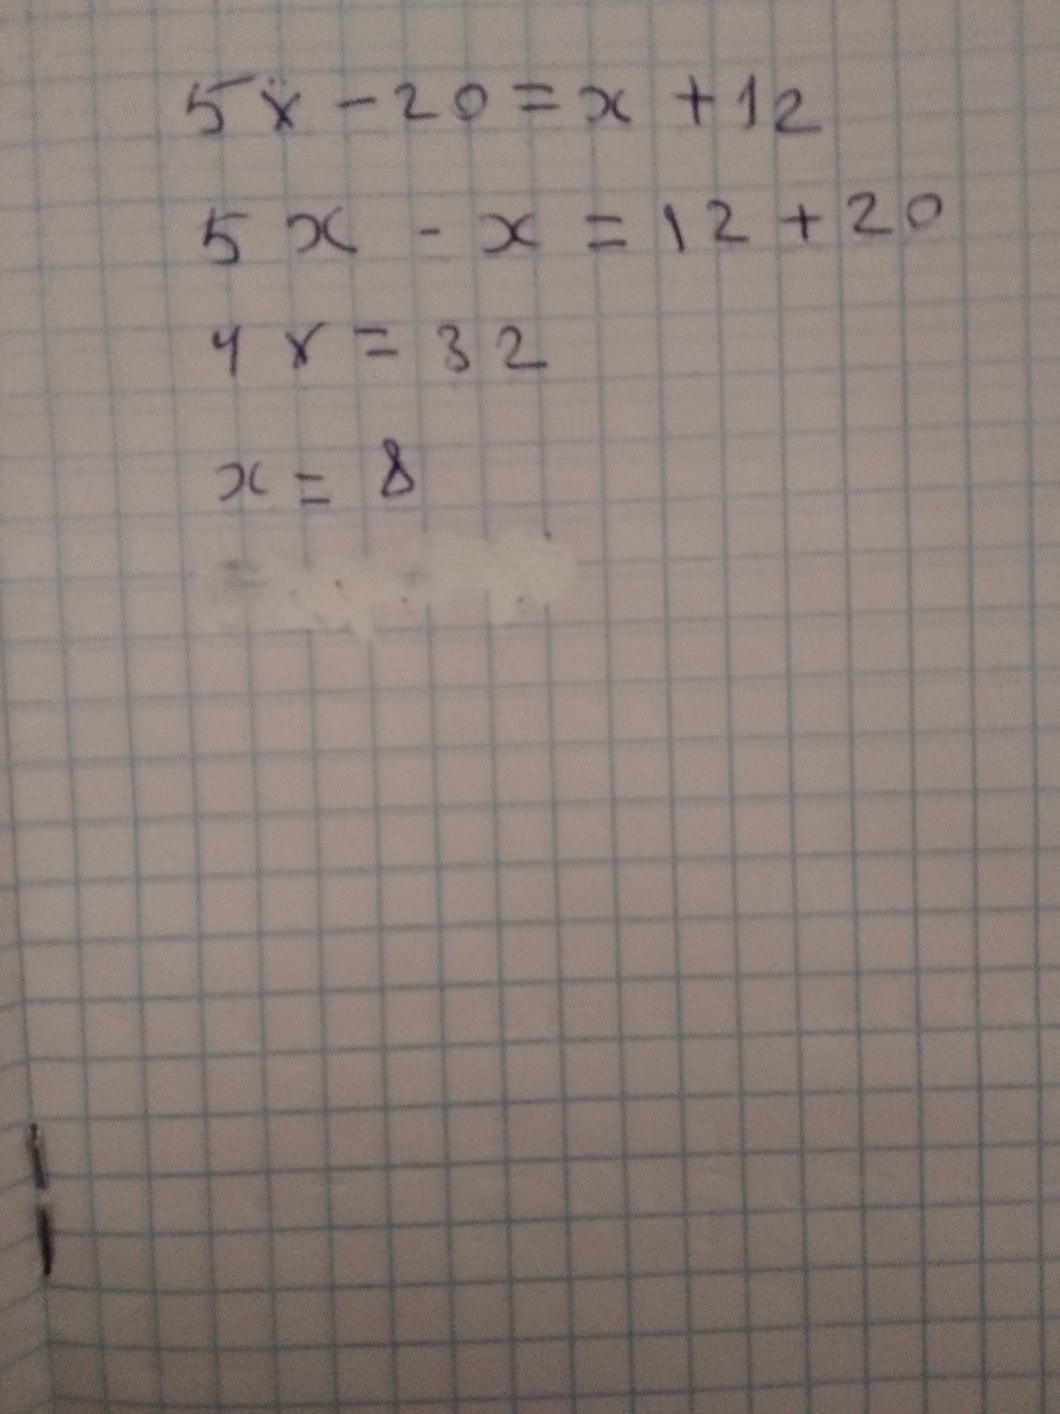
5x - 20 = x + 12
5х-х = 12+20
4 x = 32
x = 8